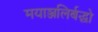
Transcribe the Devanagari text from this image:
मयाञ्जलिर्बद्धो